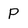
Character: P